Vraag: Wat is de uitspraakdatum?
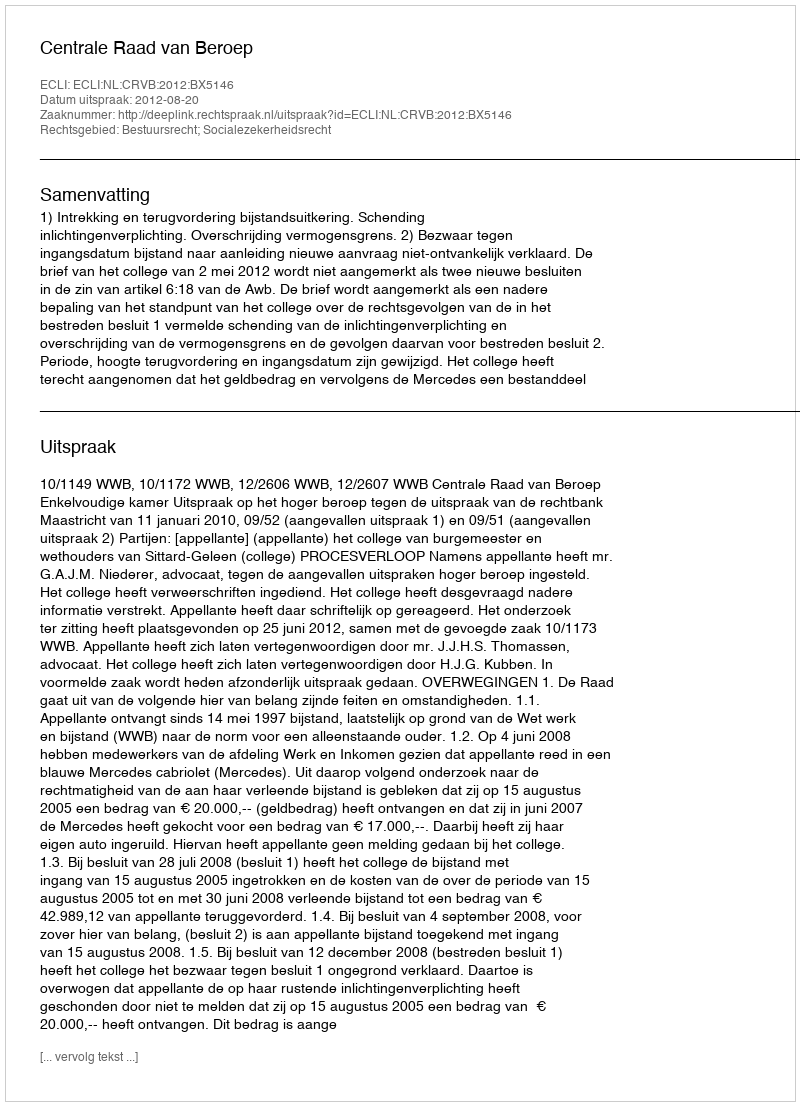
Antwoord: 2012-08-20